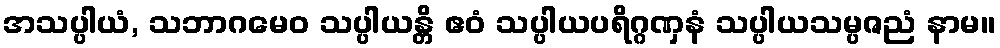
အသပ္ပါယံ, သဘာဂမေဝ သပ္ပါယန္တိ ဧဝံ သပ္ပါယပရိဂ္ဂဏှနံ သပ္ပါယသမ္ပဇညံ နာမ။